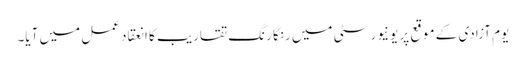
یوم آزادی کے موقع پر یونیورسٹی میں رنگا رنگ تقاریب کا انعقاد عمل میں آیا۔